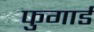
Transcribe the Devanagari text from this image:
फुगार्ड